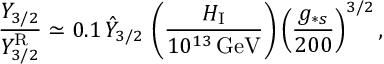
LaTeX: \frac { Y _ { 3 / 2 } } { Y _ { 3 / 2 } ^ { \mathrm { R } } } \simeq 0 . 1 \, \hat { Y } _ { 3 / 2 } \, \left( \frac { H _ { \mathrm { I } } } { 1 0 ^ { 1 3 } \, \mathrm { G e V } } \right) \left( \frac { g _ { \ast s } } { 2 0 0 } \right) ^ { 3 / 2 } ,